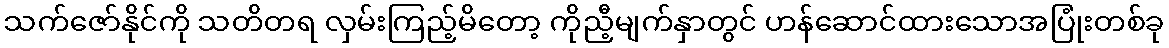
သက်ဇော်နိုင်ကို သတိတရ လှမ်းကြည့်မိတော့ ကိုညီ့မျက်နှာတွင် ဟန်ဆောင်ထားသောအပြုံးတစ်ခု